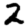
Digit: 2